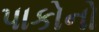
પાકોનો